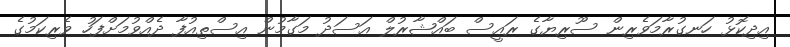
އިދިކޮޅު ހަނގުރާމަވެރިން ސޫރިޔާގެ ރައީސް ބައްޝާރުލް އަސަދު މަގާމުން އިސްތިއުފާ ދެއްވުމަށްފަހު ވެރިކަމުގެ